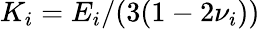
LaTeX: K_{i}=E_{i}/(3(1-2\nu_{i}))